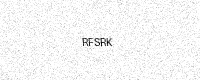
Text: RFSRK